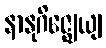
နာနုဂိဇ္ဈေယျ